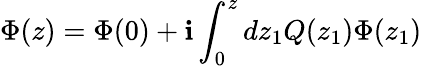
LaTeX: \Phi(z)=\Phi(0)+\mathbf{i}\int_{0}^{z}dz_{1}Q(z_{1})\Phi(z_{1})